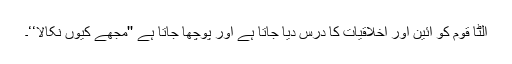
اُلٹا قوم کو آئین اور اخلاقیات کا درس دیا جاتا ہے اور پوچھا جاتا ہے ''مجھے کیوں نکالا‘‘۔